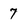
Character: 7